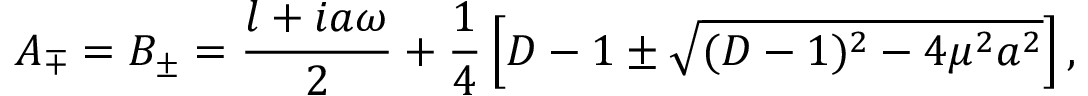
A _ { \mp } = B _ { \pm } = \frac { l + i a \omega } { 2 } + \frac { 1 } { 4 } \left[ D - 1 \pm \sqrt { ( D - 1 ) ^ { 2 } - 4 \mu ^ { 2 } a ^ { 2 } } \right] ,